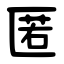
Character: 匿